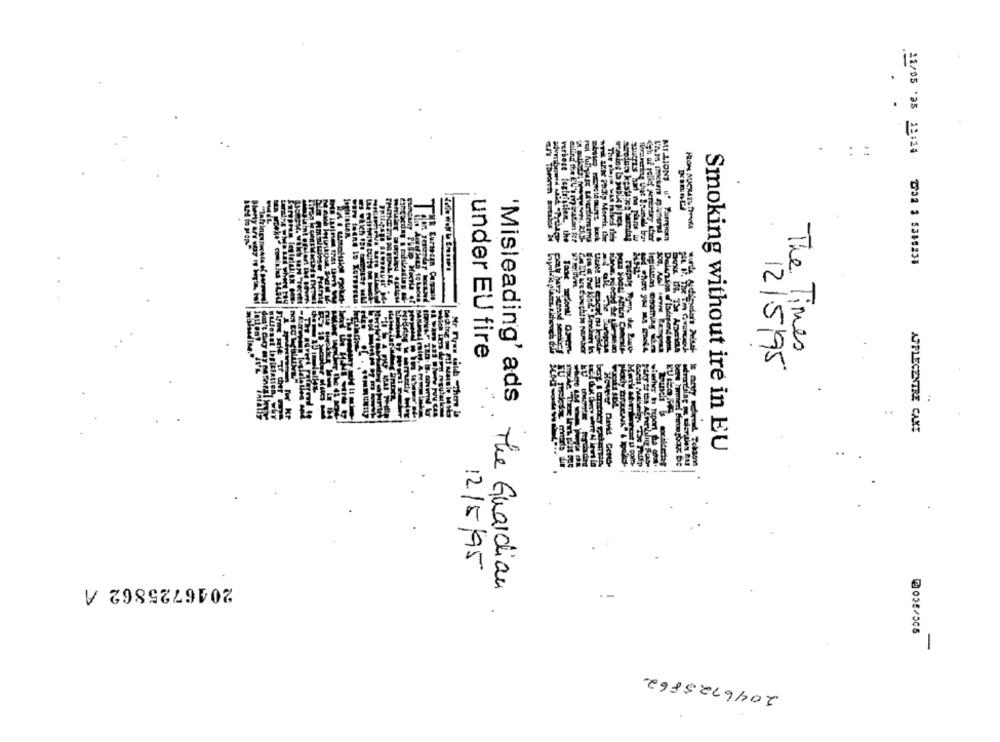
MI LIONS u! Sampem
Perhese fegirlstien, the
21/05 25 11:34 822 1 5316238
under EU fire
The Times
12/5/95
..
APPLECENTRE CANT
Smoking without ire in EU
12/5/95
2046725862 A
Misleading' ads The Guardian
@058/505
-
2046725862